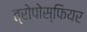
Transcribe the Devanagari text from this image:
त्रोपोस्फियर